system: You are a helpful assistant.
user:
Analyze the provided spectrum to determine if it is a **M-type Giant (gM)**.

A M-type Giant spectrum is defined by its **strong molecular absorption** features, particularly from **Titanium Oxide (TiO)**. You must check for one of the following mutually exclusive signatures:

- **Key Visual Indicators (Absorption-Dominated Spectrum):**

    - **(Primary):** The spectrum is dominated by strong molecular absorption from **Titanium Oxide (TiO)**. This is the **defining feature** of its M-type temperature class.
        - **(Key Bandheads):** Look for sharp, "saw-tooth" absorption valleys. The strongest are located near **~7050 Å**, **~6160 Å**, and **~5170 Å**.
        - **(Line Profile):** The "saw-tooth" morphology is critical: a **sharp, steep drop on the BLUE (short-wavelength) side** of the bandhead, followed by a gradual recovery (rising flux) towards the RED (long-wavelength) side.

    - **(Key Confirmation - Giant vs. Dwarf):** **ABSENCE** of strong **Calcium Hydride (CaH)** molecular bands. This is the primary diagnostic for *excluding* M-dwarfs.
        - **(Key Region):** The spectrum should lack the strong, broad absorption band seen in dwarfs between **~6800 Å and ~7000 Å**.

    - **(Secondary Confirmation - Giant):** A very strong and broad **Neutral Calcium (Ca I)** atomic absorption line.
        - **(Key Line):** Located at **~4226 Å**. In a giant (gM), this line is significantly deeper and broader than the same line in an M-dwarf (dM) due to low surface gravity.

    - **(Overall Spectrum):**
        - The continuum is **extremely red-sloping** (i.e., flux is very low in the blue and rises dramatically towards the red).
        - The entire spectrum appears "chopped up" by the deep TiO bands.

Think first, call **spectral_visualization_tool** if needed to examine features in detail, then provide your final answer. Your response must adhere to the following strict rules:
1.  **Overall Structure:** Your response must follow the format `<think>...</think> <tool_call>...</tool_call> (if a tool is used) <answer>...</answer>`.
2.  **Tool Usage Constraint:** You may only make **one** tool call per turn.
3.  **Final Answer Format:** In the `<answer>` tag, your conclusion must be inside a `\boxed{}` command (e.g., `\boxed{YES}` or `\boxed{NO}`), followed by your justification.

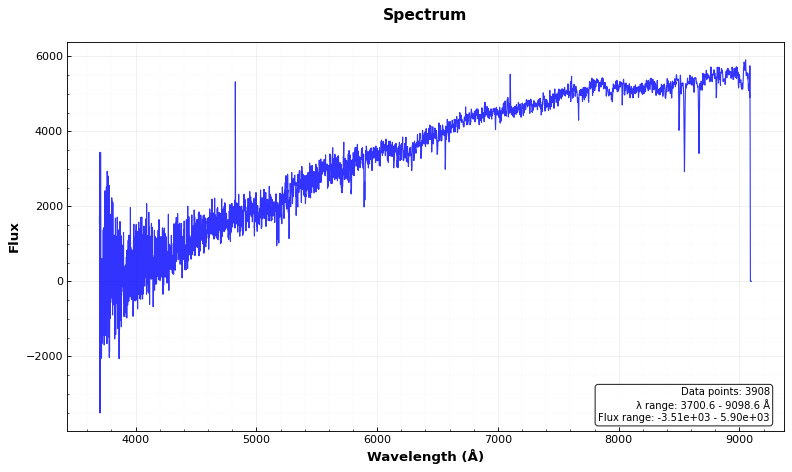
Answer: NO